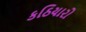
કઠિયારો